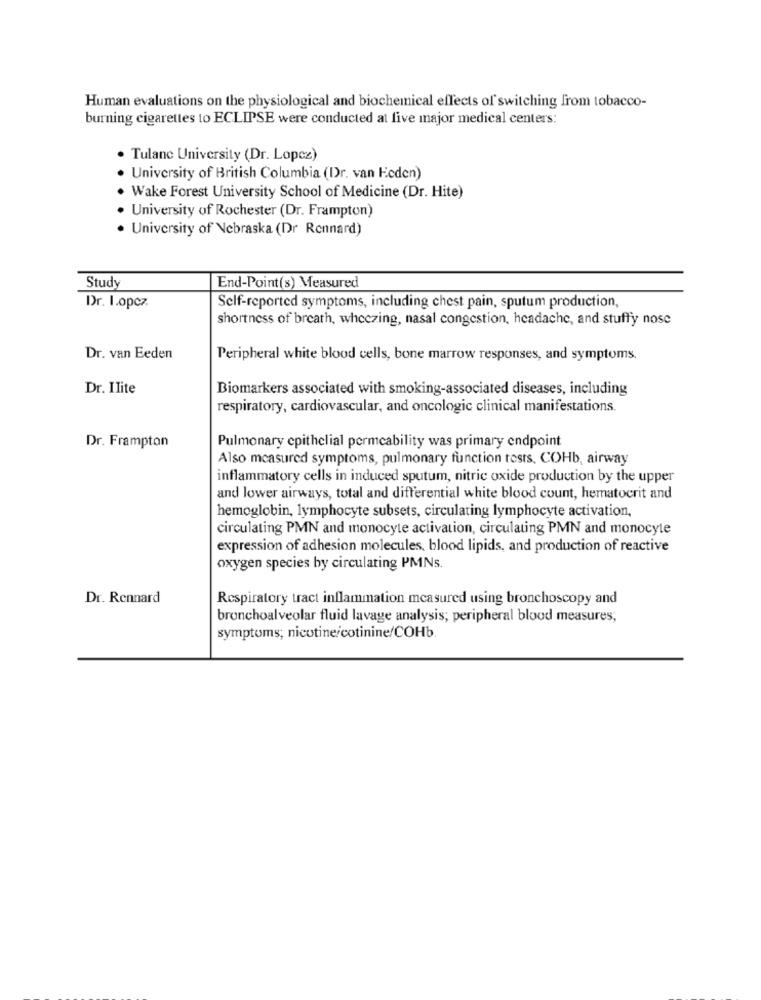
Human evaluations on the physiological and biochemical effects of switching from tobacco-
burning cigarettes to ECLIPSE were conducted at live major medical centers:
. Tulane University (Dr. Lopez)
University of British Columbia (Dr. van Eeden)
. Wake Forest University School of Medicine (Dr. Hite)
· University of Rochester (Dr. Frampton)
· University of Nebraska (Dr Rennard)
Study
End-Point(s) Measured
Dr. I.opcz.
Self-reported symptoms, including chest pain, sputum production,
shortness of breath, wheezing, nasal congestion, headache, and stuffy nose
Dr. van Eeden
Peripheral white blood cells, bone marrow responses, and symptoms.
Dr. Ilite
Biomarkers associated with smoking-associated diseases, including
respiratory, cardiovascular, and oncologic clinical manifestations.
Dr. Frampton
Pulmonary epithelial permeability was primary endpoint
Also measured symptoms, pulmonary function tests, COHb, airway
inflammatory cells in induced sputum, nitric oxide production by the upper
and lower airways, total and differential white blood count, hematocrit and
hemoglobin, lymphocyte subsets, circulating lymphocyte activation,
circulating PMN and monocyte activation, circulating PMN and monocyte
expression of adhesion molecules, blood lipids, and production of reactive
oxygen species by circulating PMNs.
Dr. Rennard
Respiratory tract inflammation measured using bronchoscopy and
bronchoalveolar fluid lavage analysis; peripheral blood measures;
symptoms; nicotine/cotinine/COHb.